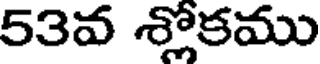
53వ శ్లోకము